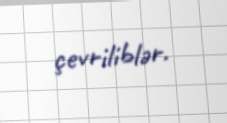
çevriliblər.